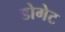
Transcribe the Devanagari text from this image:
डोगेट